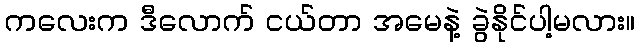
ကလေးက ဒီလောက် ငယ်တာ အမေနဲ့ ခွဲနိုင်ပါ့မလား။